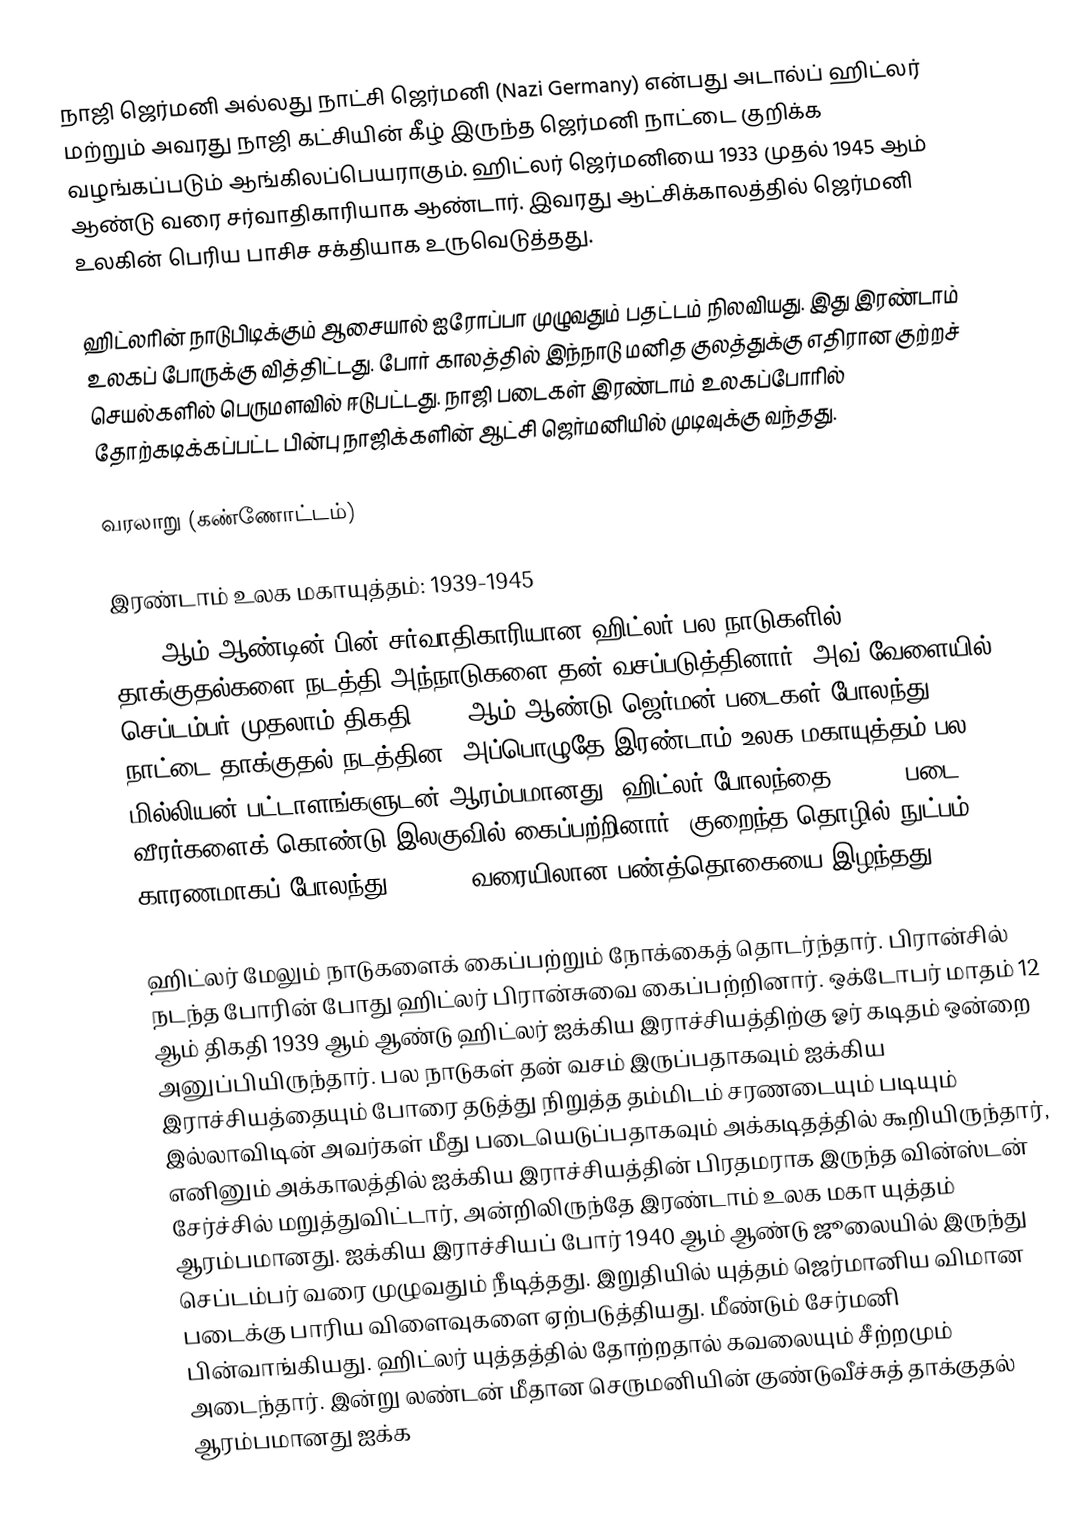
நாஜி ஜெர்மனி அல்லது நாட்சி ஜெர்மனி (Nazi Germany) என்பது அடால்ப் ஹிட்லர் மற்றும் அவரது நாஜி கட்சியின் கீழ் இருந்த ஜெர்மனி நாட்டை குறிக்க வழங்கப்படும் ஆங்கிலப்பெயராகும். ஹிட்லர் ஜெர்மனியை 1933 முதல் 1945 ஆம் ஆண்டு வரை சர்வாதிகாரியாக ஆண்டார். இவரது ஆட்சிக்காலத்தில் ஜெர்மனி உலகின் பெரிய பாசிச சக்தியாக உருவெடுத்தது.

ஹிட்லரின் நாடுபிடிக்கும் ஆசையால் ஐரோப்பா முழுவதும் பதட்டம் நிலவியது. இது இரண்டாம் உலகப் போருக்கு வித்திட்டது. போர் காலத்தில் இந்நாடு மனித குலத்துக்கு எதிரான குற்றச் செயல்களில் பெருமளவில் ஈடுபட்டது. நாஜி படைகள் இரண்டாம் உலகப்போரில் தோற்கடிக்கப்பட்ட பின்பு நாஜிக்களின் ஆட்சி ஜெர்மனியில் முடிவுக்கு வந்தது.

வரலாறு (கண்ணோட்டம்)

இரண்டாம் உலக மகாயுத்தம்: 1939-1945
1930 ஆம் ஆண்டின் பின் சர்வாதிகாரியான ஹிட்லர் பல நாடுகளில் தாக்குதல்களை நடத்தி அந்நாடுகளை தன் வசப்படுத்தினார், அவ் வேளையில் செப்டம்பர் முதலாம் திகதி 1939 ஆம் ஆண்டு ஜெர்மன் படைகள் போலந்து நாட்டை தாக்குதல் நடத்தின, அப்பொழுதே இரண்டாம் உலக மகாயுத்தம் பல மில்லியன் பட்டாளங்களுடன் ஆரம்பமானது. ஹிட்லர் போலந்தை 59,000 படை வீரர்களைக் கொண்டு இலகுவில் கைப்பற்றினார். குறைந்த தொழில் நுட்பம் காரணமாகப் போலந்து 900,000 வரையிலான பண்த்தொகையை இழந்தது.

ஹிட்லர் மேலும் நாடுகளைக் கைப்பற்றும் நோக்கைத் தொடர்ந்தார். பிரான்சில் நடந்த போரின் போது ஹிட்லர் பிரான்சுவை கைப்பற்றினார். ஒக்டோபர் மாதம் 12 ஆம் திகதி 1939 ஆம் ஆண்டு ஹிட்லர் ஐக்கிய இராச்சியத்திற்கு ஓர் கடிதம் ஒன்றை அனுப்பியிருந்தார். பல நாடுகள் தன் வசம் இருப்பதாகவும் ஐக்கிய இராச்சியத்தையும் போரை தடுத்து நிறுத்த தம்மிடம் சரணடையும் படியும் இல்லாவிடின் அவர்கள் மீது படையெடுப்பதாகவும் அக்கடிதத்தில் கூறியிருந்தார், எனினும் அக்காலத்தில் ஐக்கிய இராச்சியத்தின் பிரதமராக இருந்த வின்ஸ்டன் சேர்ச்சில் மறுத்துவிட்டார், அன்றிலிருந்தே இரண்டாம் உலக மகா யுத்தம் ஆரம்பமானது. ஐக்கிய இராச்சியப் போர் 1940 ஆம் ஆண்டு ஜூலையில் இருந்து செப்டம்பர் வரை முழுவதும் நீடித்தது. இறுதியில் யுத்தம் ஜெர்மானிய விமான படைக்கு பாரிய விளைவுகளை ஏற்படுத்தியது. மீண்டும் சேர்மனி பின்வாங்கியது. ஹிட்லர் யுத்தத்தில் தோற்றதால் கவலையும் சீற்றமும் அடைந்தார்.  இன்று லண்டன் மீதான செருமனியின் குண்டுவீச்சுத் தாக்குதல் ஆரம்பமானது ஐக்க